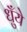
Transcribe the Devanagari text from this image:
धुँये